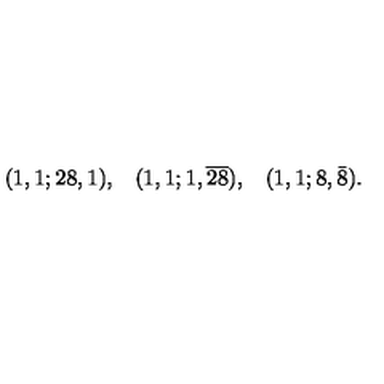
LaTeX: \begin{array} { r r r } { ( 1 , 1 ; 2 8 , 1 ) , } & { ( 1 , 1 ; 1 , \overline { { 2 8 } } ) , } & { ( 1 , 1 ; 8 , \bar { 8 } ) . } \\ \end{array}